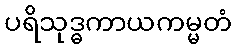
ပရိသုဒ္ဓကာယကမ္မတံ